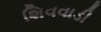
શિવવાડી